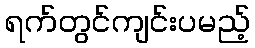
ရက်တွင်ကျင်းပမည့်